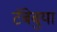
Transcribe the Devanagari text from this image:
टॅबेबुया